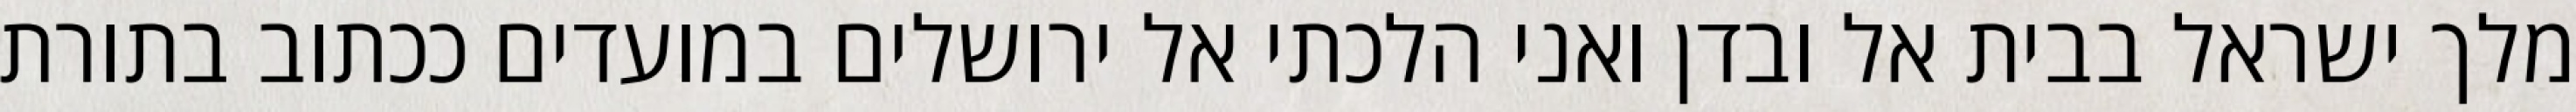
מלך ישראל בבית אל ובדן ואני הלכתי אל ירושלים במועדים ככתוב בתורת